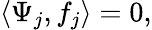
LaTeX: \langle\Psi_{j},f_{j}\rangle=0,